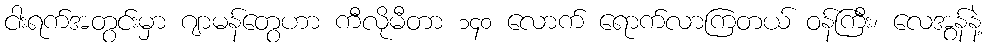
ငါးရက်အတွင်းမှာ ဂျာမန်တွေဟာ ကီလိုမီတာ ၁၄၀ လောက် ရောက်လာကြတယ် ဝန်ကြီး၊ လေအွန်နဲ့